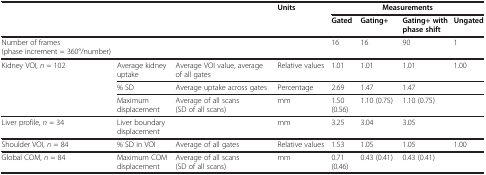
<table><thead><tr><td rowspan="2" colspan="3"><b> </b></td><td rowspan="2"><b>Units</b></td><td colspan="4"><b>Measurements</b></td></tr><tr><td><b>Gated</b></td><td><b>Gating+</b></td><td><b>Gating+ with phase shift</b></td><td><b>Ungated</b></td></tr></thead><tbody><tr><td>Number of frames (phase increment = 360°/number)</td><td> </td><td> </td><td> </td><td>16</td><td>16</td><td>90</td><td>1</td></tr><tr><td rowspan="3">Kidney VOI, <i>n</i> = 102</td><td>Average kidney uptake</td><td>Average VOI value, average of all gates</td><td>Relative values</td><td>1.01</td><td>1.01</td><td>1.01</td><td>1.00</td></tr><tr><td>% SD</td><td>Average uptake across gates</td><td>Percentage</td><td>2.69</td><td>1.47</td><td>1.47</td><td> </td></tr><tr><td>Maximum displacement</td><td>Average of all scans (SD of all scans)</td><td>mm</td><td>1.50 (0.56)</td><td>1.10 (0.75)</td><td>1.10 (0.75)</td><td> </td></tr><tr><td>Liver profile, <i>n</i> = 34</td><td>Liver boundary displacement</td><td> </td><td>mm</td><td>3.25</td><td>3.04</td><td>3.05</td><td> </td></tr><tr><td>Shoulder VOI, <i>n</i> = 84</td><td>% SD in VOI</td><td>Average of all gates</td><td>Relative values</td><td>1.53</td><td>1.05</td><td>1.05</td><td>1.00</td></tr><tr><td>Global COM, <i>n</i> = 84</td><td>Maximum COM displacement</td><td>Average of all scans (SD of all scans)</td><td>mm</td><td>0.71 (0.46)</td><td>0.43 (0.41)</td><td>0.43 (0.41)</td><td> </td></tr></tbody></table>